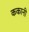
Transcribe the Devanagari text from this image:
ककानी